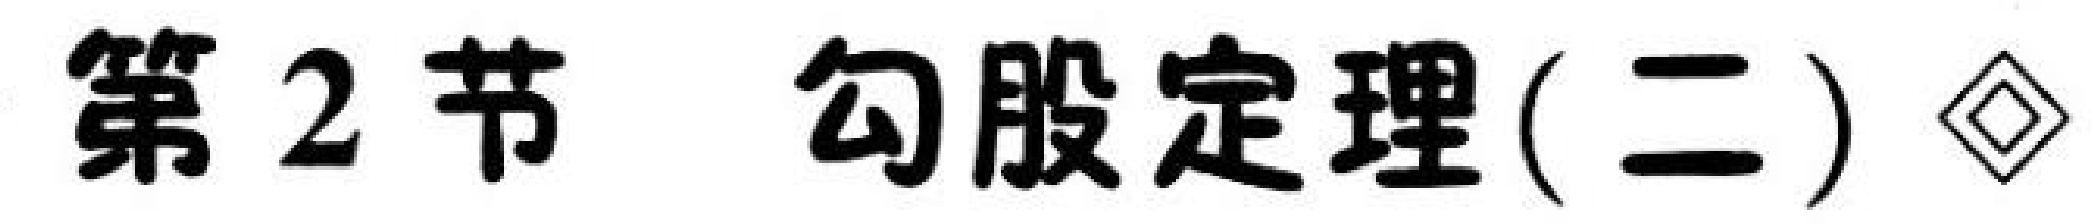
第 2 节 勾股定理(二)